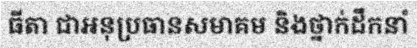
ធីតា ជាអនុប្រធានសមាគម និងថ្នាក់ដឹកនាំ